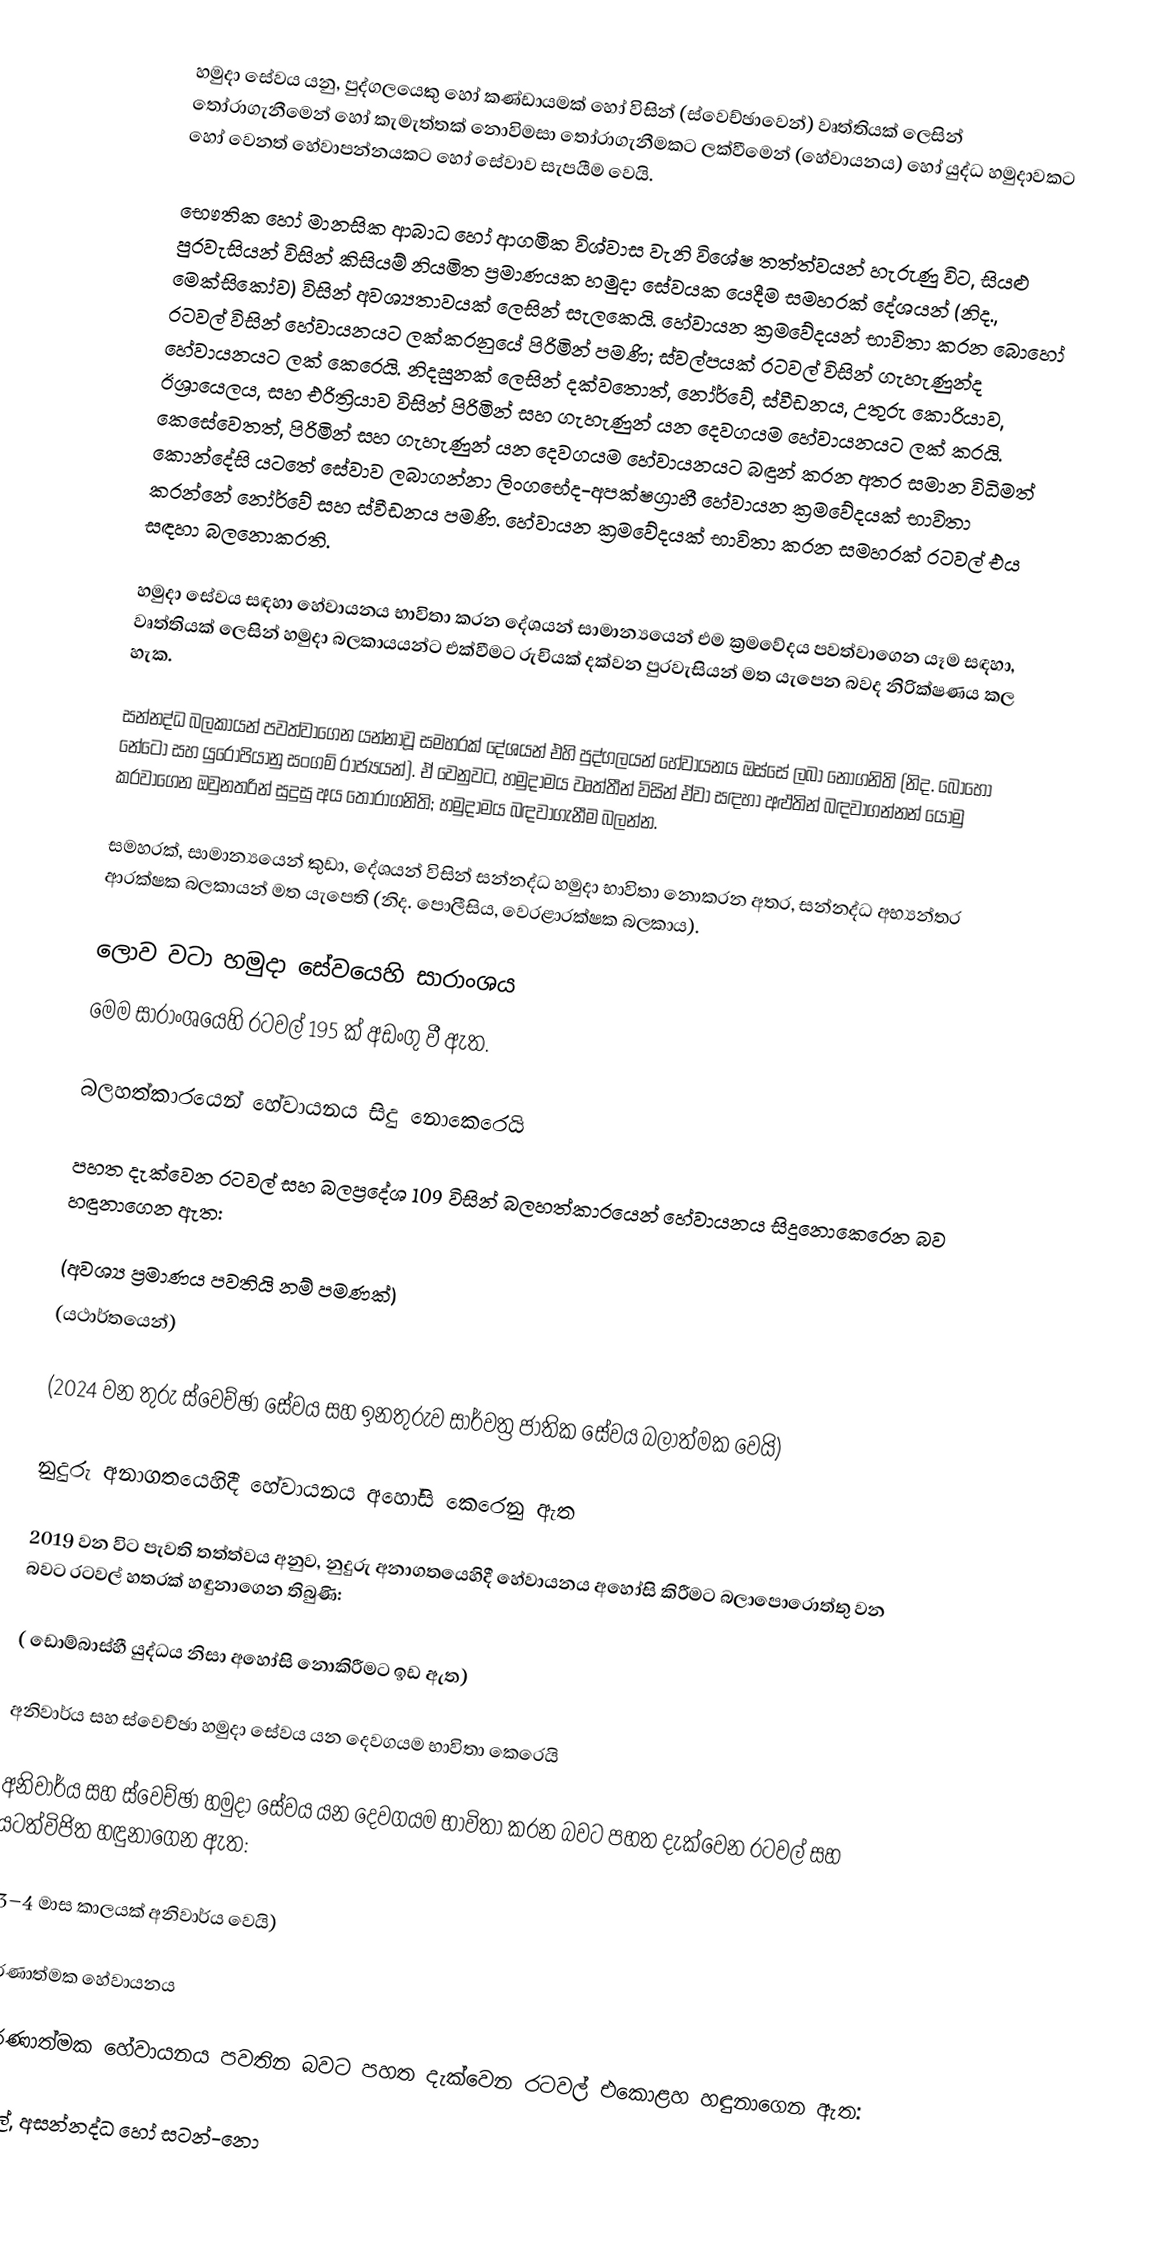
හමුදා සේවය යනු, පුද්ගලයෙකු හෝ කණ්ඩායමක් හෝ විසින්  (ස්වෙච්ඡාවෙන්) වෘත්තියක් ලෙසින් තෝරාගැනීමෙන් හෝ කැමැත්තක් නොවිමසා තෝරාගැනීමකට ලක්වීමෙන් (හේවායනය) හෝ යුද්ධ හමුදාවකට හෝ වෙනත් හේවාපන්නයකට හෝ සේවාව සැපයීම වෙයි.

භෞතික හෝ මානසික ආබාධ හෝ ආගමික විශ්වාස වැනි විශේෂ තත්ත්වයන් හැරුණු විට, සියළු පුරවැසියන් විසින් කිසියම් නියමිත ප්‍රමාණයක හමුදා සේවයක යෙදීම සමහරක් දේශයන් (නිද., මෙක්සිකෝව) විසින් අවශ්‍යතාවයක් ලෙසින් සැලකෙයි. හේවායන ක්‍රමවේදයන් භාවිතා කරන බොහෝ රටවල් විසින් හේවායනයට ලක්කරනුයේ පිරිමින් පමණි; ස්වල්පයක් රටවල් විසින් ගැහැණුන්ද හේවායනයට ලක් කෙරෙයි.  නිදසුනක් ලෙසින් දක්වතොත්, නෝර්වේ, ස්වීඩනය, උතුරු කොරියාව, ඊශ්‍රායෙලය, සහ එරිත්‍රියාව  විසින් පිරිමින් සහ ගැහැණුන් යන දෙවගයම හේවායනයට ලක් කරයි. කෙසේවෙතත්, පිරිමින් සහ ගැහැණුන් යන දෙවගයම හේවායනයට බඳුන් කරන අතර සමාන විධිමත් කොන්දේසි යටතේ සේවාව ලබාගන්නා  ලිංග‌භේද-අපක්ෂග්‍රාහී හේවායන ක්‍රමවේදයක් භාවිතා කරන්නේ නෝර්වේ සහ ස්වීඩනය පමණි.  හේවායන ක්‍රමවේදයක් භාවිතා කරන සමහරක් රටවල් එය සඳහා බලනොකරති.

හමුදා සේවය සඳහා හේවායනය භාවිතා කරන දේශයන් සාමාන්‍යයෙන් එම ක්‍රමවේදය පවත්වාගෙන යෑම සඳහා, වෘත්තියක් ලෙසින් හමුදා බලකායයන්ට එක්වීමට රුචියක් දක්වන පුරවැසියන් මත යැපෙන බවද නිරික්ෂණය කල හැක.

සන්නද්ධ බලකායන් පවත්වාගෙන යන්නාවූ සමහරක් දේශයන් එහි පුද්ගලයන් හේවායනය ඔස්සේ ලබා නොගනිති (නිද. බොහෝ නේටෝ සහ යුරෝපියානු සංගම් රාජ්‍යයන්). ඒ වෙනුවට, හමුදාමය වෘත්තීන් විසින් ඒවා සඳහා අළුතින් බඳවාගන්නන් යොමු කරවාගෙන ඔවුනතරින් සුදුසු අය තෝරාගනිති; හමුදාමය බඳවාගැනීම බලන්න.

සමහරක්, සාමාන්‍යයෙන් කුඩා, දේශයන් විසින් සන්නද්ධ හමුදා භාවිතා නොකරන අතර, සන්නද්ධ අභ්‍යන්තර ආරක්ෂක බලකායන් මත යැපෙති (නිද. පොලීසිය, වෙරළාරක්ෂක බලකාය).

ලොව වටා හමුදා සේවයෙහි සාරාංශය
මෙම සාරාංශයෙහි රටවල් 195 ක් අඩංගු වී ඇත.

බලහත්කාරයෙන් හේවායනය සිදු නොකෙරෙයි

පහත දැක්වෙන රටවල් සහ බලප්‍රදේශ 109 විසින් බලහත්කාරයෙන් හේවායනය සිදුනොකෙරෙන බව හඳුනාගෙන ඇත:

 (අවශ්‍ය ප්‍රමාණය පවතියි නම් පමණක්)
 (යථාර්තයෙන්)

 (2024 වන තුරු ස්වෙච්ඡා සේවය සහ ඉනතුරුව සාර්වත්‍ර ජාතික සේවය බලාත්මක වෙයි)

නුදුරු අනාගතයෙහිදී හේවායනය අහෝසි කෙරෙනු ඇත

2019 වන විට පැවති තත්ත්වය අනුව, නුදුරු අනාගතයෙහිදී හේවායනය අහෝසි කිරීමට බලාපොරොත්තු වන බවට රටවල් හතරක් හඳුනාගෙන තිබුණි:

 ( ඩොම්බාස්හී යුද්ධය නිසා අහෝසි නොකිරීමට ඉඩ ඇත)

අනිවාර්ය සහ ස්වෙච්ඡා හමුදා සේවය යන දෙවගයම භාවිතා කෙරෙයි

අනිවාර්ය සහ ස්වෙච්ඡා හමුදා සේවය යන දෙවගයම භාවිතා කරන බවට පහත දැක්වෙන රටවල් සහ යටත්විජිත හඳුනාගෙන ඇත:

 (3–4 මාස කාලයක් අනිවාර්ය වෙයි)

වරණාත්මක හේවායනය

වරණාත්මක හේවායනය පවතින බවට පහත දැක්වෙන රටවල් එකොළහ හඳුනාගෙන ඇත:

සිවිල්, අසන්නද්ධ හෝ සටන්-නො